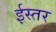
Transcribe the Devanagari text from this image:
ईस्तर